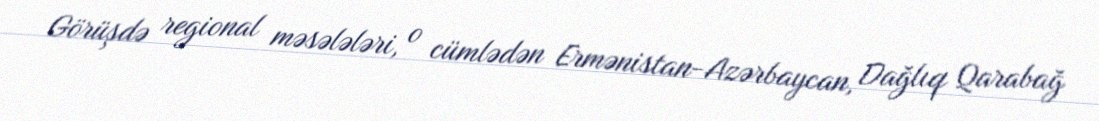
Görüşdə regional məsələləri, o cümlədən Ermənistan-Azərbaycan, Dağlıq Qarabağ